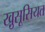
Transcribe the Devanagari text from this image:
खु़सूसियत